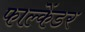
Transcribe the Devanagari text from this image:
फाल्केंडर